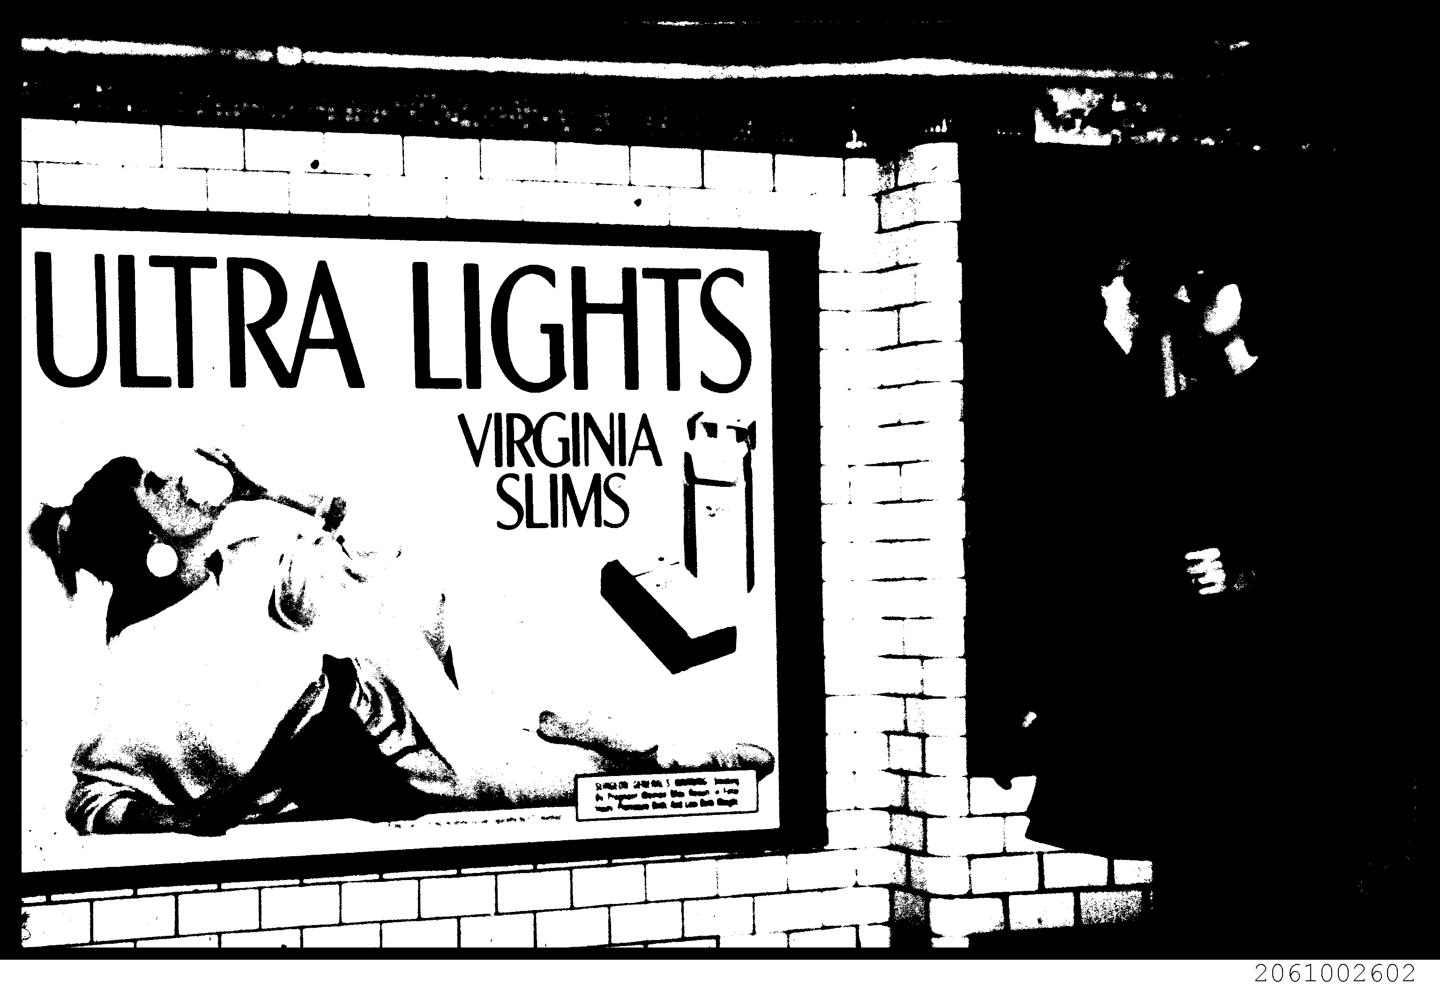
ae 1 |
 Cot ed |
 foe Mle agen dhe oo
 ULTRA LIGHTS] =
 VIRGINA (4
 2061002602